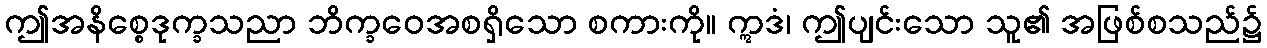
ဤအနိစ္စေဒုက္ခသညာ ဘိက္ခဝေအစရှိသော စကားကို။ ဣဒံ၊ ဤပျင်းသော သူ၏ အဖြစ်စသည်၌